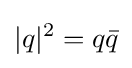
|q|^{2}=q{\bar {q}}